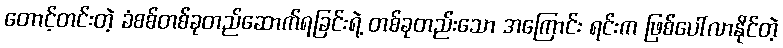
တောင့်တင်းတဲ့ ခံစစ်တစ်ခုတည်ဆောက်ရခြင်းရဲ့ တစ်ခုတည်းသော အကြောင်း ရင်းက ဖြစ်ပေါ်လာနိုင်တဲ့